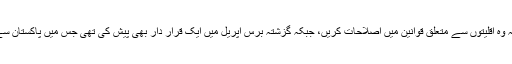
سینیٹر رینڈ پال نے پاکستان پر زور دیا تھا کہ وہ اقلیتوں سے متعلق قوانین میں اصلاحات کریں، جبکہ گزشتہ برس اپریل میں ایک قرار دار بھی پیش کی تھی جس میں پاکستان سے آسیہ بی بی کی رہائی کا مطالبہ کیا گیا تھا۔